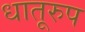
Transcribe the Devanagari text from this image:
धातूरुप